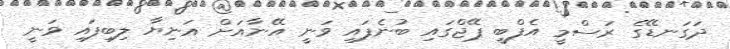
ދަގަނޑޭގެ ރަސްމީ އެފްބީ ޕޭޖްގައި ބުނެފައި ވަނީ އޭނާއަށް އަނިޔާ ލިބިފައި ވަނީ